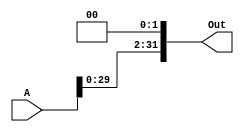
`timescale 1ns / 1ps
//////////////////////////////////////////////////////////////////////////////////
// Company: 
// Engineer: 
// 
// Design Name: 
// Module Name: shifter
// Project Name: 
// Target Devices: 
// Tool Versions: 
// Description: 
// 
// Dependencies: 
// 
// Revision:
// Revision 0.01 - File Created
// Additional Comments:
// 
//////////////////////////////////////////////////////////////////////////////////


module shifter(
    input [31:0] A,
    output reg signed [31:0] Out
    );

always@(*)
begin
Out = A<<2;
end
endmodule